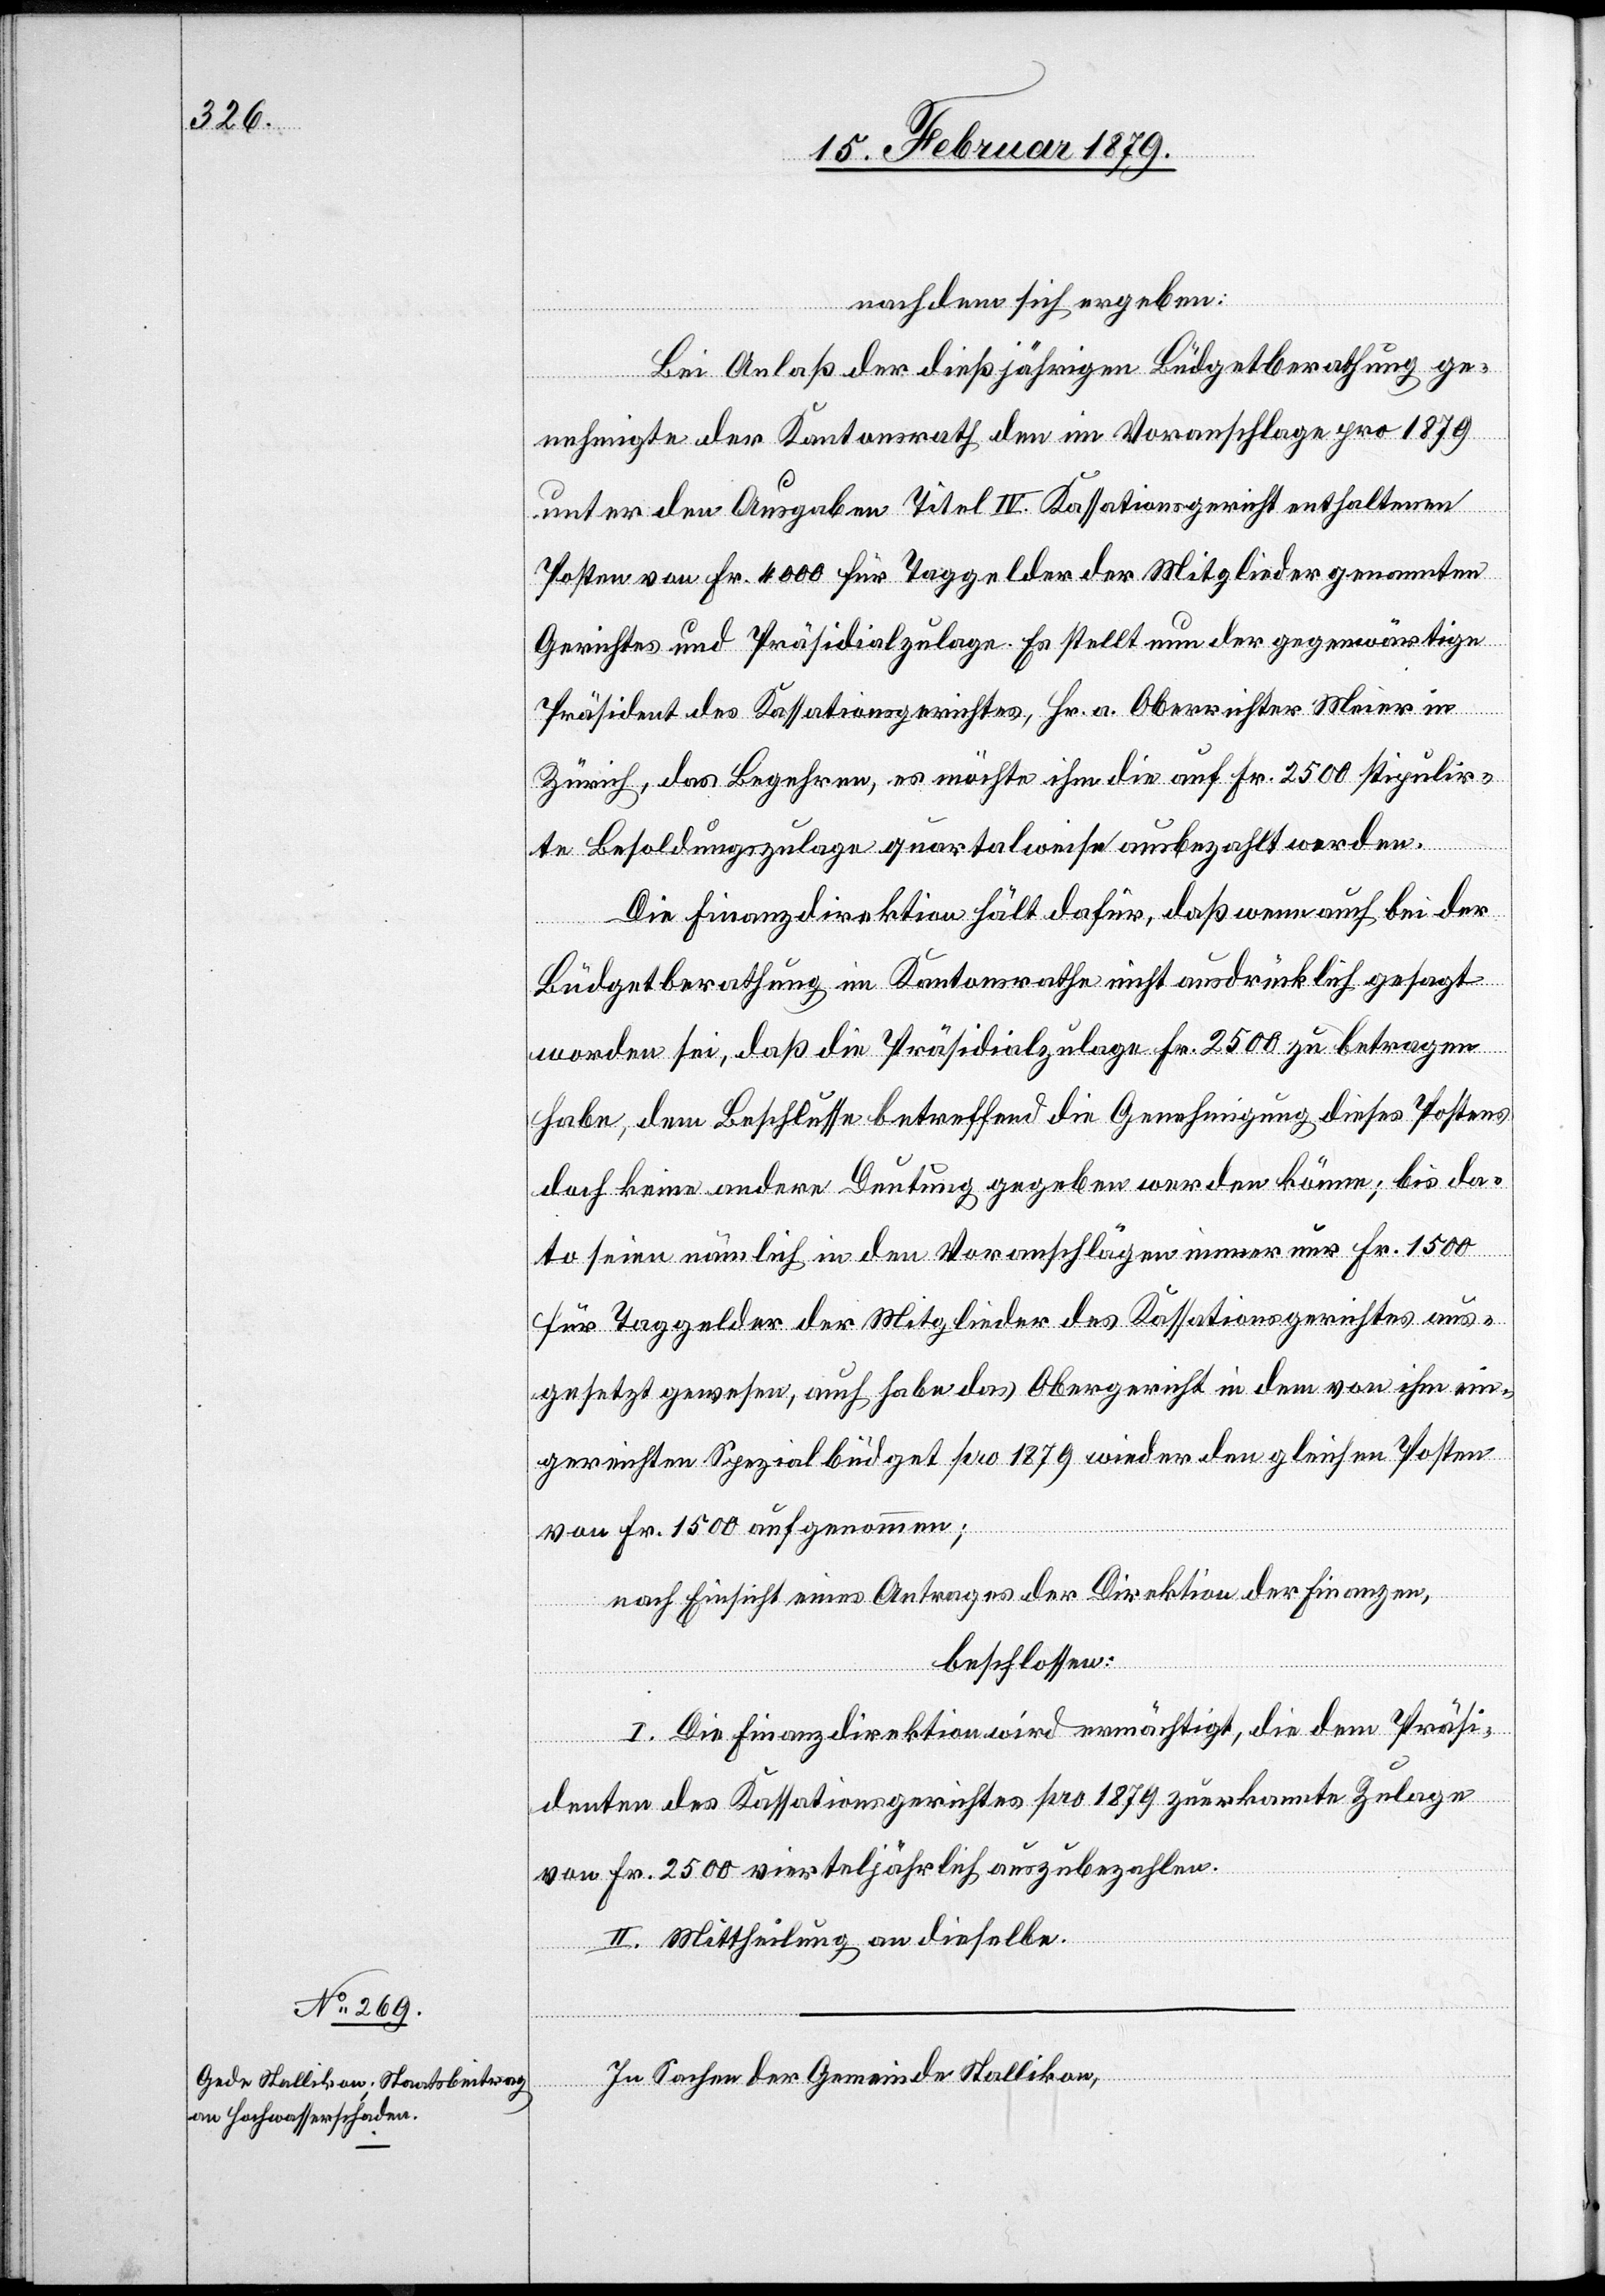
nachdem sich ergeben:
Bei Anlaß der dießjährigen Büdgetberathung ge¬
nehmigte der Kantonsrath den im Voranschlage 1879
unter den Ausgaben Titel IV. Kassationsgericht enthaltenen
Posten von Fr. 4000 für Taggelder der Mitglieder genannten
Gerichtes und Präsidialzulage. Es stellt nun der gegenwärtige
Präsident des Kassationsgerichtes, Hr. a. Oberrichter Meier in
Zürich, das Begehren, es möchte ihm die auf Fr. 2500 stipulir¬
te Besoldungszulage quartalweise ausbezahlt werden.
Die Finanzdirektion hält dafür, daß wenn auch bei der
Büdgetberathung im Kantonsrathe nicht ausdrücklich gesagt
worden sei, daß die Präsidialzulage Fr. 2500 zu betragen
habe, dem Beschlusse betreffend die Genehmigung dieses Postens
doch keine andere Deutung gegeben werden könne; bis da¬
to seien nämlich in den Voranschlägen immer nur Fr. 1500
für Taggelder der Mitglieder des Kassationsgerichtes aus¬
gesetzt gewesen, auch habe das Obergericht in dem von ihm ein¬
gereichten Spezialbüdget pro 1879 wieder den gleichen Posten
von Fr. 1500 aufgenommen;
nach Einsicht eines Antrages der Direktion der Finanzen,
beschlossen:
I. Die Finanzdirektion wird ermächtigt, die dem Präsi¬
denten des Kassationsgerichtes pro 1879 zuerkannte Zulage
von Fr. 2500 vierteljährlich auszubezahlen.
II. Mittheilung an dieselbe.
In Sachen der Gemeinde Stallikon,